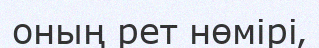
оның рет нөмірі‚